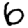
Digit: 6